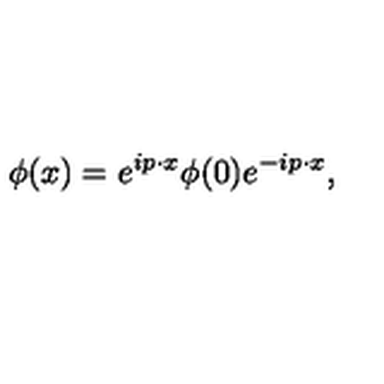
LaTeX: \phi ( x ) = e ^ { i p \cdot x } \phi ( 0 ) e ^ { - i p \cdot x } ,